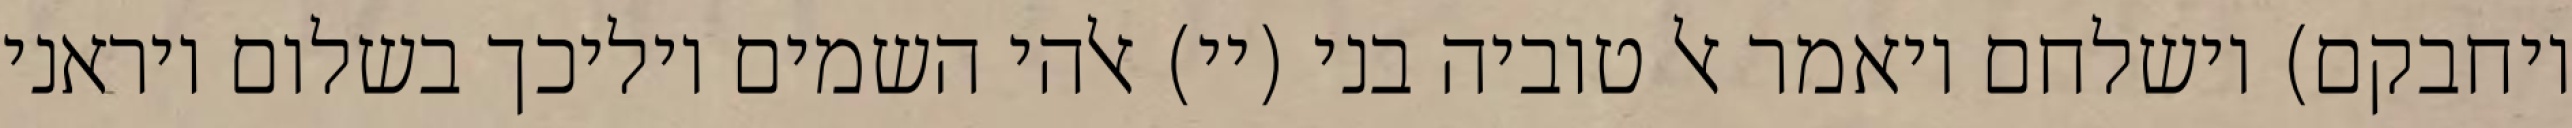
ויחבקם) וישלחם ויאמר אל טוביה בני (יי) אלהי השמים יוליכך בשלום ויראני